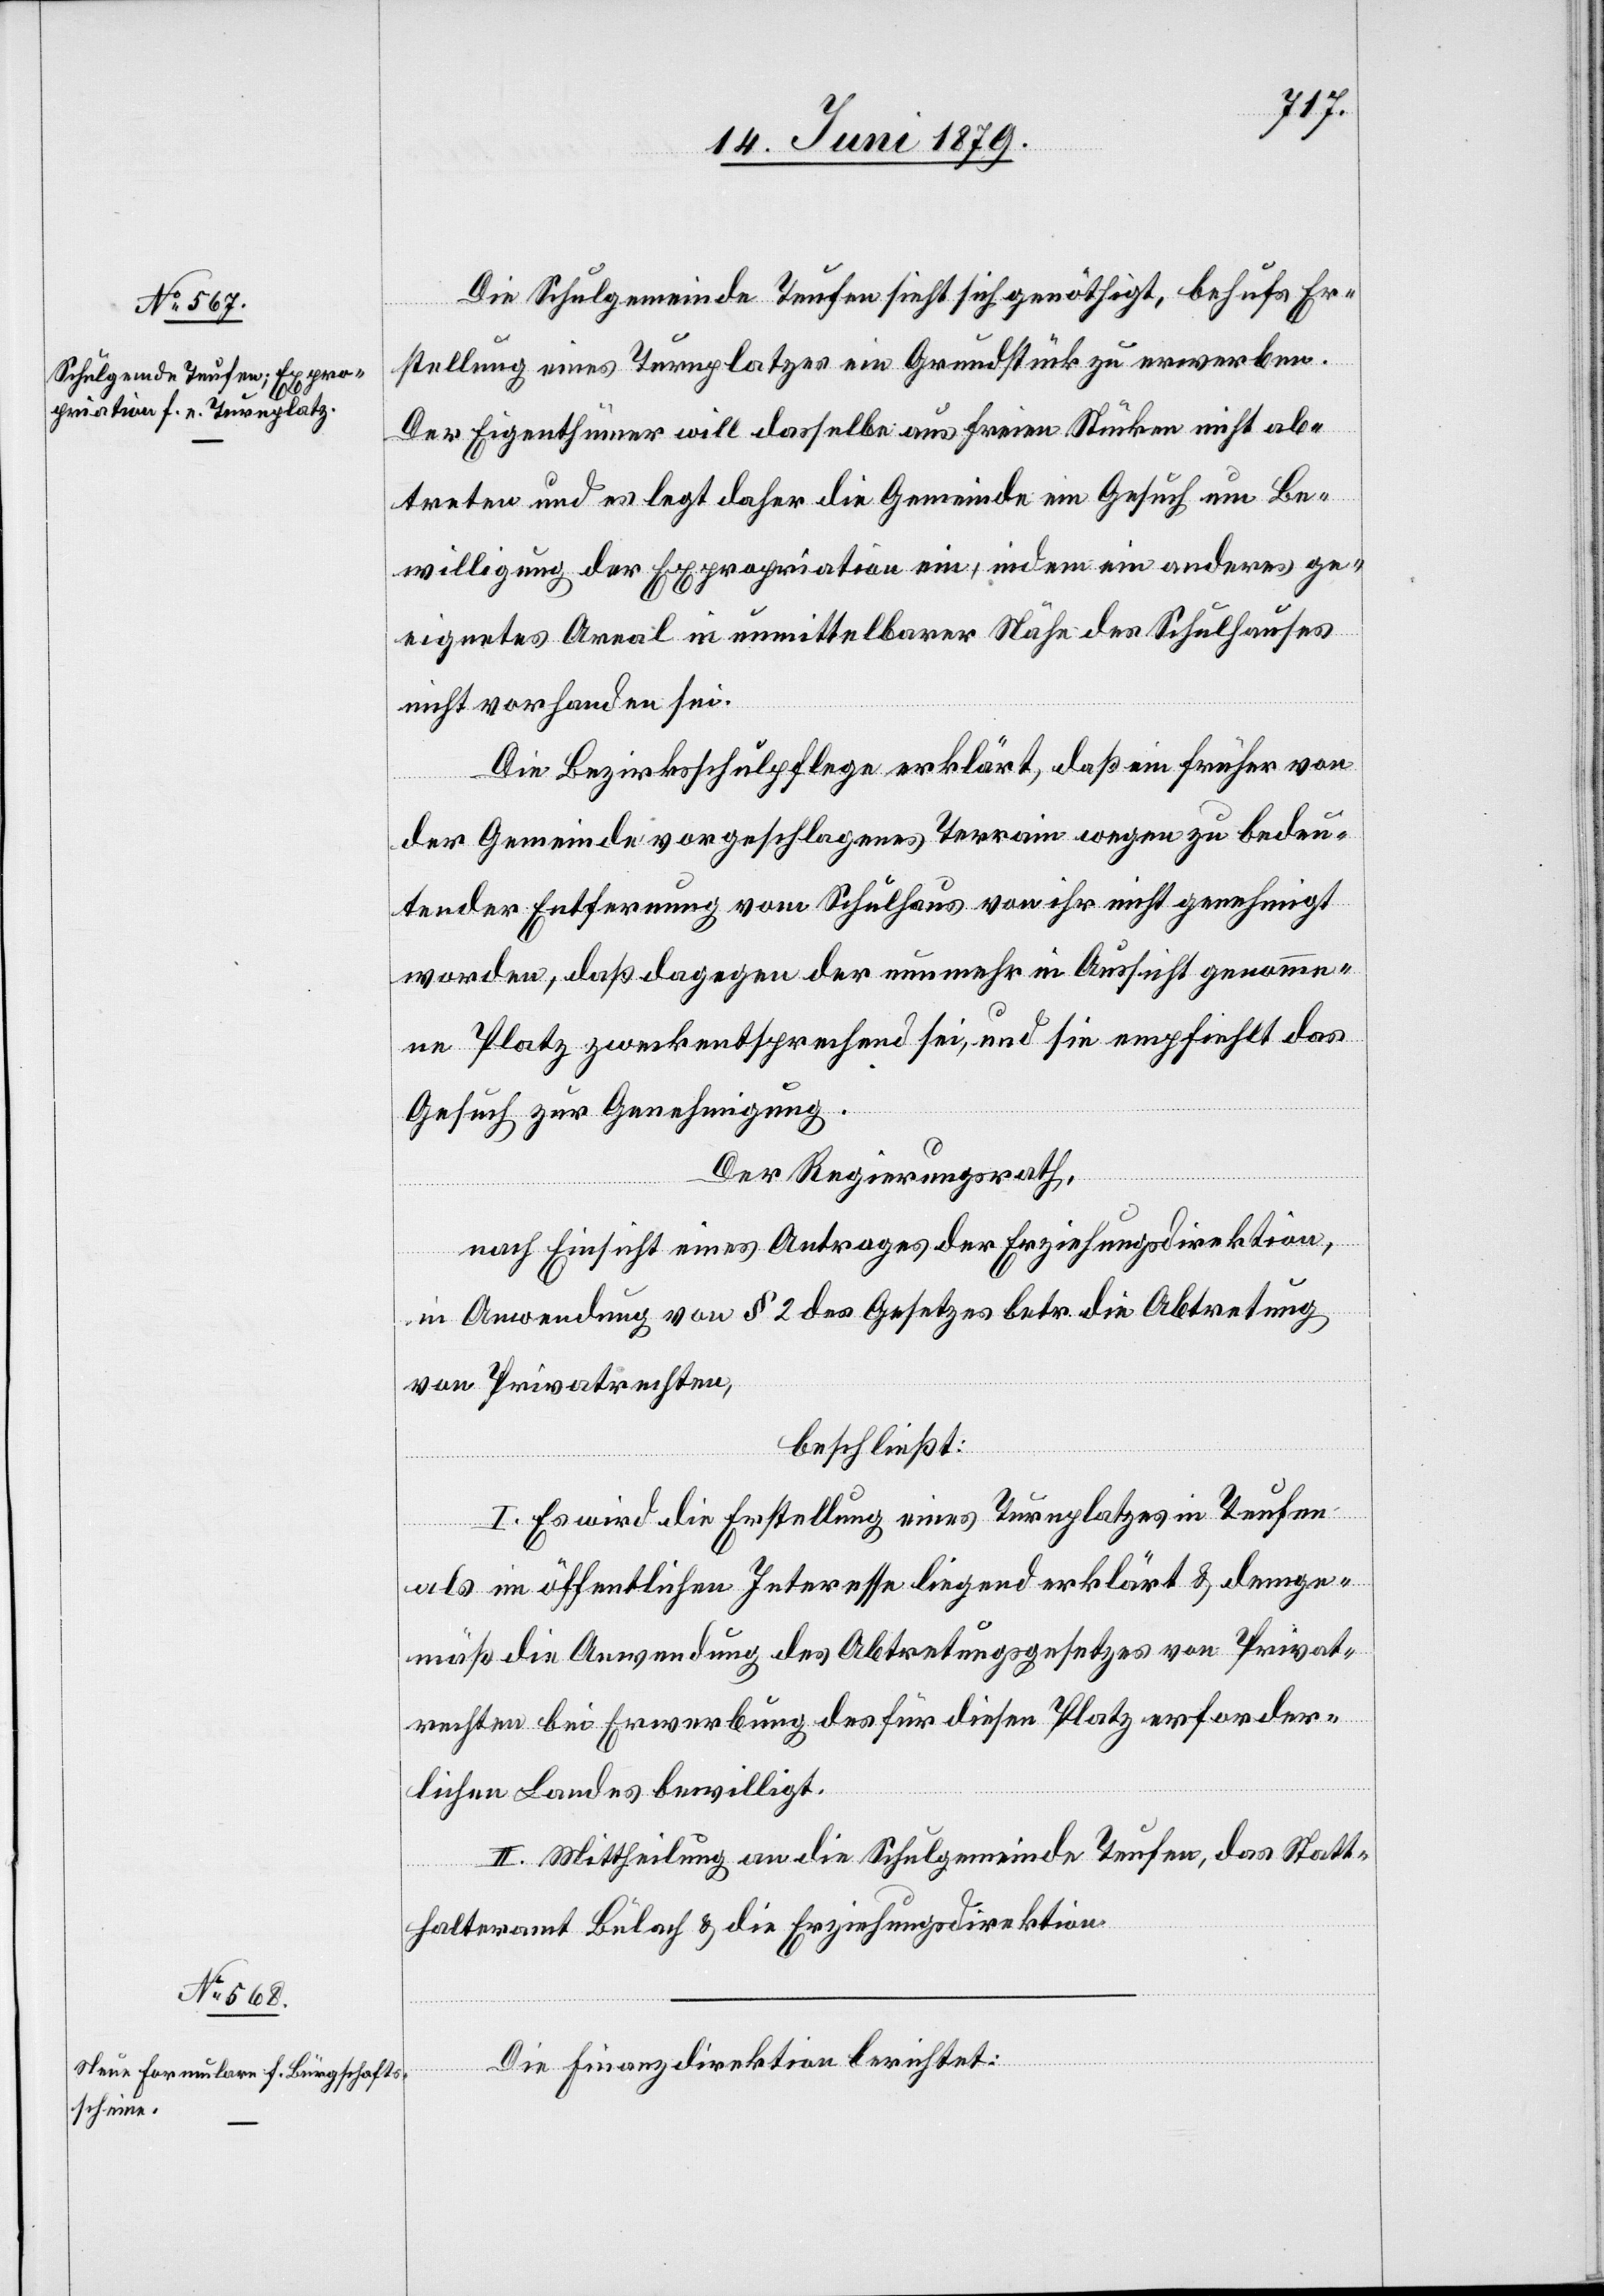
Die Schulgemeinde Teufen sieht sich genöthigt, behufs Er¬
stellung eines Turnplatzes ein Grundstück zu erwerben.
Der Eigenthümer will dasselbe aus freien Stücken nicht ab¬
treten und es legt daher die Gemeinde ein Gesuch um Be¬
willigung der Expropriation ein, indem ein anderes ge¬
eignetes Areal in unmittelbarer Nähe des Schulhauses
nicht vorhanden sei.
Die Bezirksschulpflege erklärt, daß ein früher von
der Gemeinde vorgeschlagenes Terrain wegen zu bedeu¬
tender Entfernung vom Schulhaus von ihr nicht genehmigt
worden, daß dagegen der nunmehr in Aussicht genomme¬
ne Platz zweckentsprechend sei, und sie empfiehlt das
Gesuch zur Genehmigung.
Der Regierungsrath,
nach Einsicht eines Antrages der Erziehungsdirektion,
in Anwendung von § 2 des Gesetzes betr. die Abtretung
von Privatrechten,
beschließt:
I. Es wird die Erstellung eines Turnplatzes in Teufen
als im öffentlichen Interesse liegend erklärt & demge¬
mäß die Anwendung des Abtretungsgesetzes von Privat¬
rechten bei Erwerbung des für diesen Platz erforder¬
lichen Landes bewilligt.
II. Mittheilung an die Schulgemeinde Teufen, das Statt¬
halteramt Bülach & die Erziehungsdirektion.
Die Finanzdirektion berichtet: